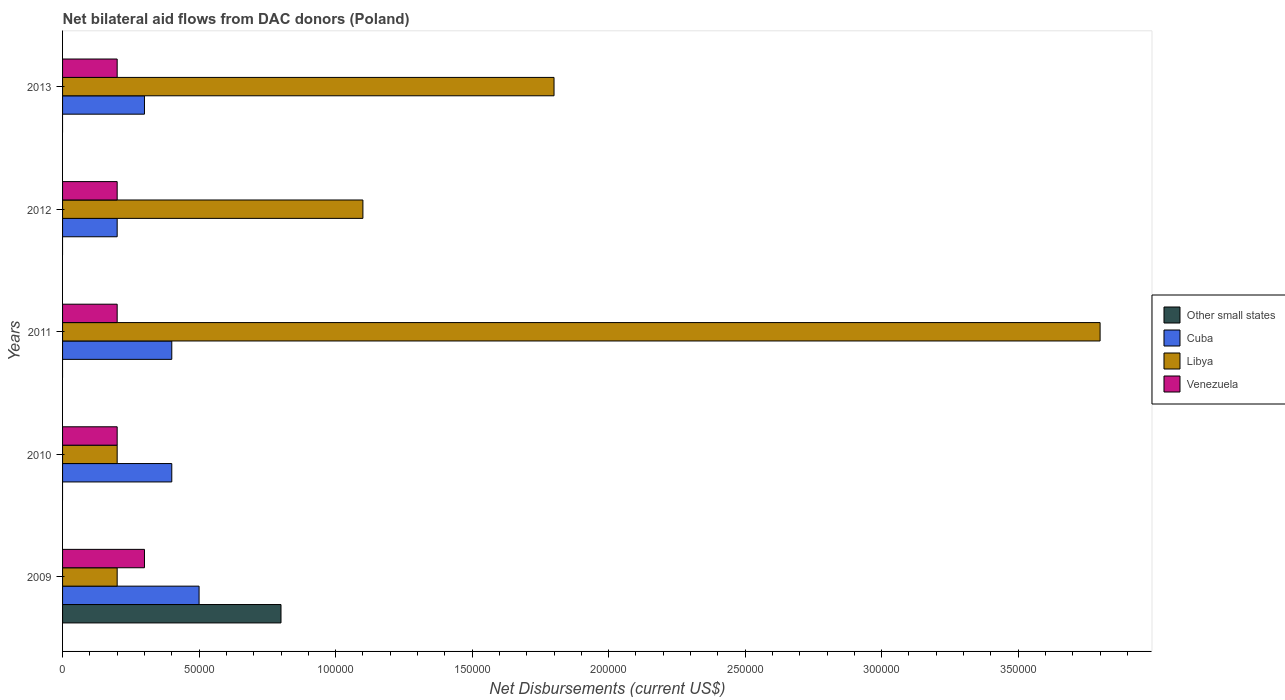
| Years | Other small states | Cuba | Libya | Venezuela |
 | --- | --- | --- | --- | --- |
 | 2009 | 8e+04 | 5e+04 | 2e+04 | 3e+04 |
 | 2010 | -7.9e+05 | 4e+04 | 2e+04 | 2e+04 |
 | 2011 | -9.3e+05 | 4e+04 | 3.8e+05 | 2e+04 |
 | 2012 | -8.8e+05 | 2e+04 | 1.1e+05 | 2e+04 |
 | 2013 | -8.8e+05 | 3e+04 | 1.8e+05 | 2e+04 |